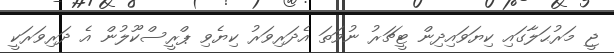
ޖީ މަރުޙަލާގައި ކިޔަވައިދިން ޓީޗަރު ނުވަތަ އެދަރިވަރު ކިޔެވި ޕްރީސްކޫލުން އެ ދަރިވަރަކީ